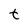
Character: t